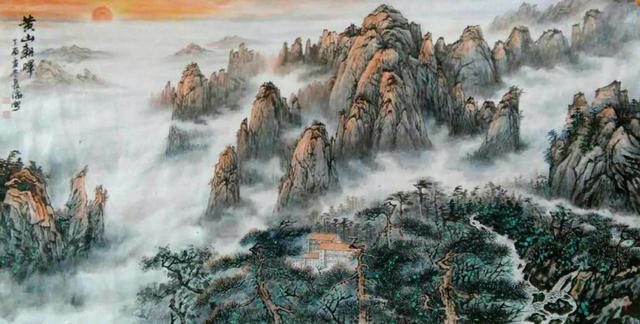
明月出天山，苍茫云海间。